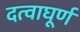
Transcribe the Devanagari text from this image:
दत्वाघूर्ण